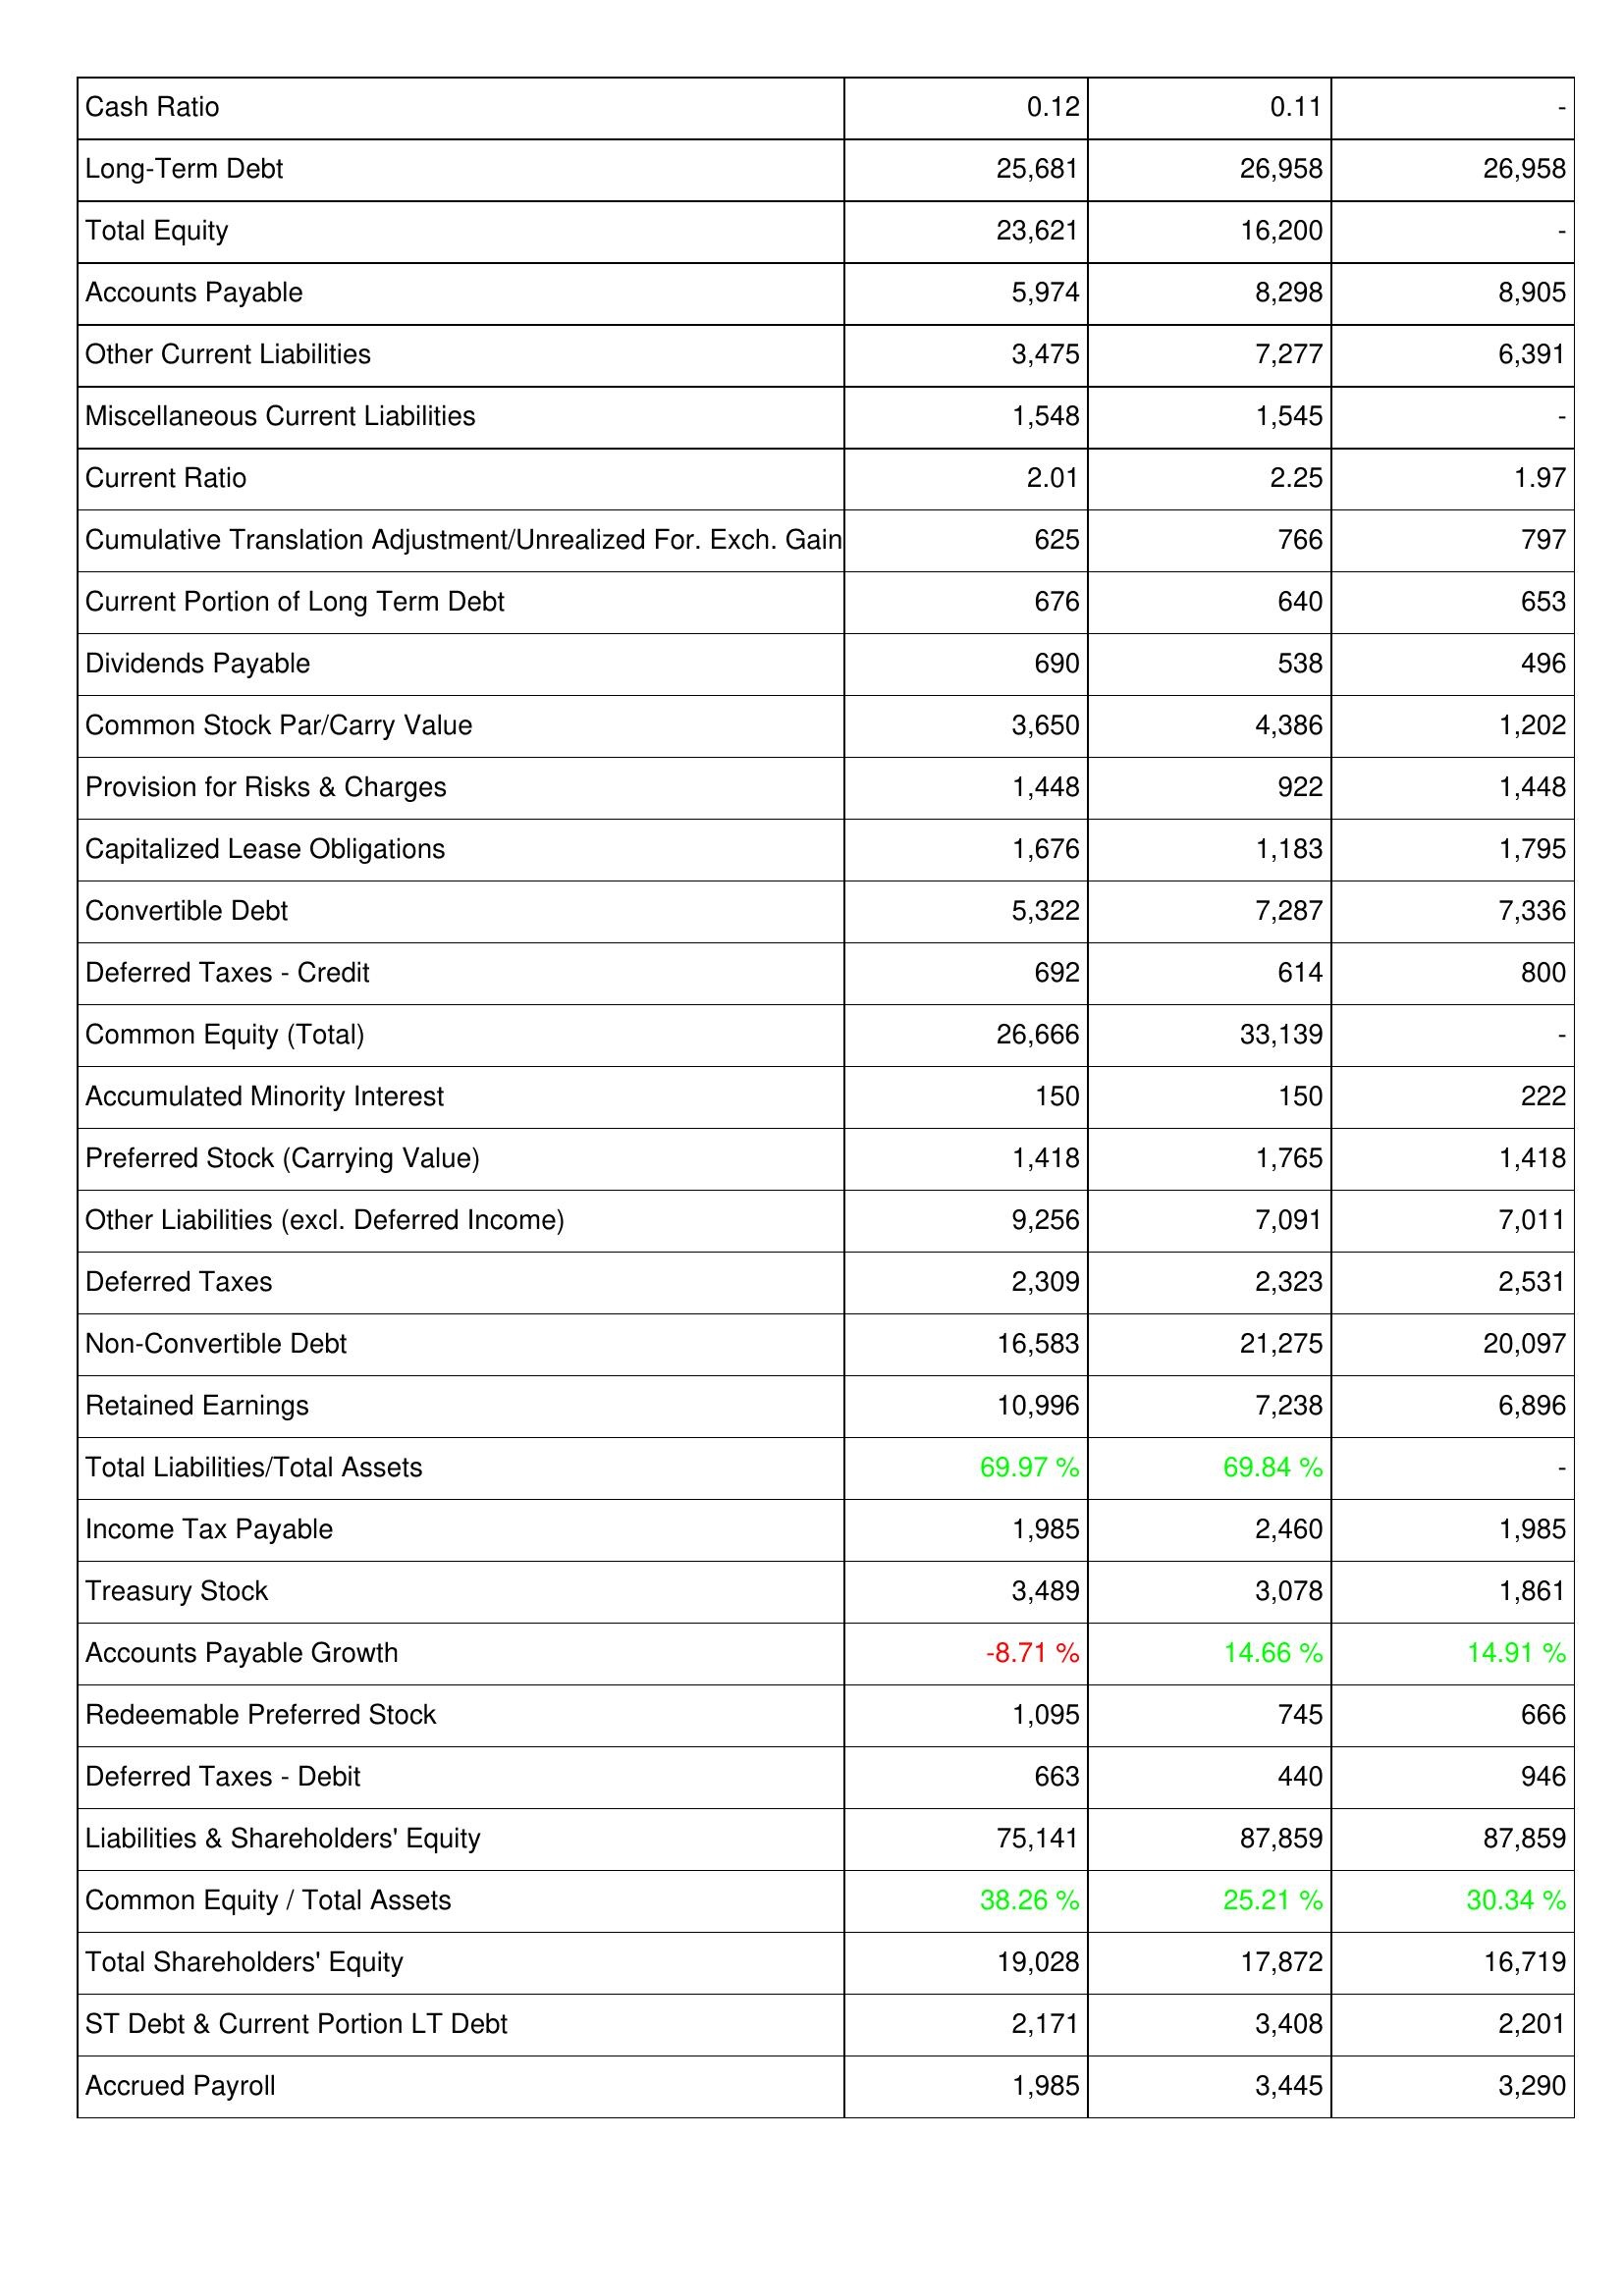
2018: Liabilities & Shareholders' Equity: Cash Ratio: 0.12
Long-Term Debt: 25,681
Total Equity: 23,621
Accounts Payable: 5,974
Other Current Liabilities: 3,475
Miscellaneous Current Liabilities: 1,548
Current Ratio: 2.01
Cumulative Translation Adjustment/Unrealized For. Exch. Gain: 625
Current Portion of Long Term Debt: 676
Dividends Payable: 690
Common Stock Par/Carry Value: 3,650
Provision for Risks & Charges: 1,448
Capitalized Lease Obligations: 1,676
Convertible Debt: 5,322
Deferred Taxes - Credit: 692
Common Equity (Total): 26,666
Accumulated Minority Interest: 150
Preferred Stock (Carrying Value): 1,418
Other Liabilities (excl. Deferred Income): 9,256
Deferred Taxes: 2,309
Non-Convertible Debt: 16,583
Retained Earnings: 10,996
Total Liabilities/Total Assets: 69.97 %
Income Tax Payable: 1,985
Treasury Stock: 3,489
Accounts Payable Growth: -8.71 %
Redeemable Preferred Stock: 1,095
Deferred Taxes - Debit: 663
Liabilities & Shareholders' Equity: 75,141
Common Equity / Total Assets: 38.26 %
Total Shareholders' Equity: 19,028
ST Debt & Current Portion LT Debt: 2,171
Accrued Payroll: 1,985
2017: Liabilities & Shareholders' Equity: Cash Ratio: 0.11
Long-Term Debt: 26,958
Total Equity: 16,200
Accounts Payable: 8,298
Other Current Liabilities: 7,277
Miscellaneous Current Liabilities: 1,545
Current Ratio: 2.25
Cumulative Translation Adjustment/Unrealized For. Exch. Gain: 766
Current Portion of Long Term Debt: 640
Dividends Payable: 538
Common Stock Par/Carry Value: 4,386
Provision for Risks & Charges: 922
Capitalized Lease Obligations: 1,183
Convertible Debt: 7,287
Deferred Taxes - Credit: 614
Common Equity (Total): 33,139
Accumulated Minority Interest: 150
Preferred Stock (Carrying Value): 1,765
Other Liabilities (excl. Deferred Income): 7,091
Deferred Taxes: 2,323
Non-Convertible Debt: 21,275
Retained Earnings: 7,238
Total Liabilities/Total Assets: 69.84 %
Income Tax Payable: 2,460
Treasury Stock: 3,078
Accounts Payable Growth: 14.66 %
Redeemable Preferred Stock: 745
Deferred Taxes - Debit: 440
Liabilities & Shareholders' Equity: 87,859
Common Equity / Total Assets: 25.21 %
Total Shareholders' Equity: 17,872
ST Debt & Current Portion LT Debt: 3,408
Accrued Payroll: 3,445
2016: Liabilities & Shareholders' Equity: Cash Ratio: -
Long-Term Debt: 26,958
Total Equity: -
Accounts Payable: 8,905
Other Current Liabilities: 6,391
Miscellaneous Current Liabilities: -
Current Ratio: 1.97
Cumulative Translation Adjustment/Unrealized For. Exch. Gain: 797
Current Portion of Long Term Debt: 653
Dividends Payable: 496
Common Stock Par/Carry Value: 1,202
Provision for Risks & Charges: 1,448
Capitalized Lease Obligations: 1,795
Convertible Debt: 7,336
Deferred Taxes - Credit: 800
Common Equity (Total): -
Accumulated Minority Interest: 222
Preferred Stock (Carrying Value): 1,418
Other Liabilities (excl. Deferred Income): 7,011
Deferred Taxes: 2,531
Non-Convertible Debt: 20,097
Retained Earnings: 6,896
Total Liabilities/Total Assets: -
Income Tax Payable: 1,985
Treasury Stock: 1,861
Accounts Payable Growth: 14.91 %
Redeemable Preferred Stock: 666
Deferred Taxes - Debit: 946
Liabilities & Shareholders' Equity: 87,859
Common Equity / Total Assets: 30.34 %
Total Shareholders' Equity: 16,719
ST Debt & Current Portion LT Debt: 2,201
Accrued Payroll: 3,290